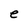
Character: e